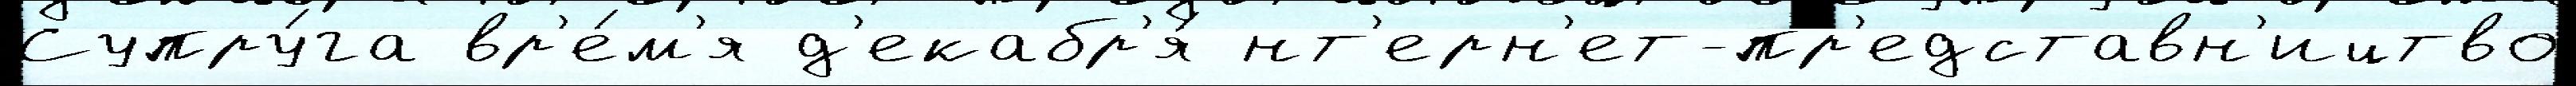
Супру́га вр'е́м'я д'екабр'я́ нт'ерн'ет-пр'едставн'ицтво